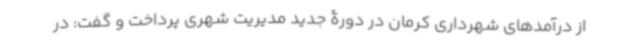
از درآمدهای شهرداری کرمان در دورۀ جدید مدیریت شهری پرداخت و گفت: در